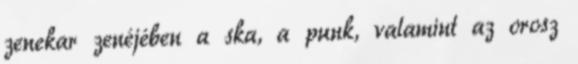
zenekar zenéjében a ska, a punk, valamint az orosz